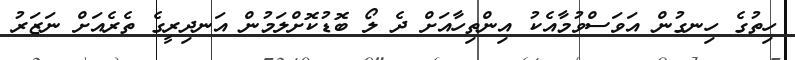
ހިތުގެ ހިނގުން އަވަސްވުމާއެކު އިންތިހާއަށް ދެ ލޯ ބޮޑުކޮށްލަމުން އަނދިރީގެ ތެރެއަށް ނަޒަރު